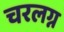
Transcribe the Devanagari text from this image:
चरलग्न